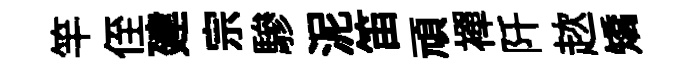
竿侄建宗驂泥笛頑襌阡趑矯